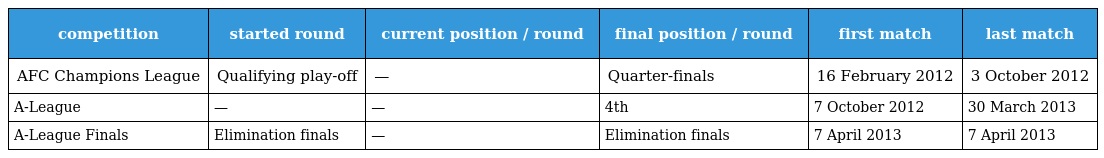
| competition | started round | current position / round | final position / round | first match | last match |
 | --- | --- | --- | --- | --- | --- |
 | AFC Champions League | Qualifying play-off | — | Quarter-finals | 16 February 2012 | 3 October 2012 |
 | A-League | — | — | 4th | 7 October 2012 | 30 March 2013 |
 | A-League Finals | Elimination finals | — | Elimination finals | 7 April 2013 | 7 April 2013 |